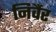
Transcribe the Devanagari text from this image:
निर्वैर